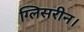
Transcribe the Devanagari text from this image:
ग्लिसरीन।